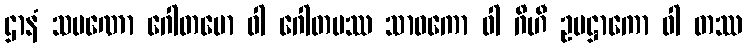
ဌာနံ သမဏော ဂေါတမော ဝါ ဂေါတမဿ သာဝကော ဝါ ဂိဟီ ဥပဋ္ဌာကော ဝါ တဿ